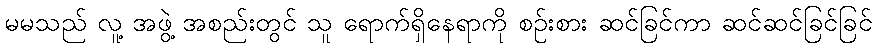
မမသည် လူ့ အဖွဲ့ အစည်းတွင် သူ ရောက်ရှိနေရာကို စဉ်းစား ဆင်ခြင်ကာ ဆင်ဆင်ခြင်ခြင်